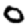
Digit: 0